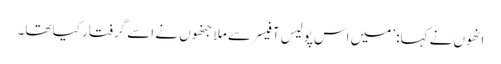
انھوں نے کہا: ’میں اس پولیس آفیسر سے ملا جنھوں نے اسے گرفتار کیا تھا۔